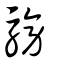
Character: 騯